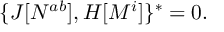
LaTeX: \{ J [ N ^ { a b } ] , H [ M ^ { i } ] \} ^ { * } = 0 .